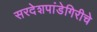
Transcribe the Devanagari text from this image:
सरदेशपांडेगिरीचे